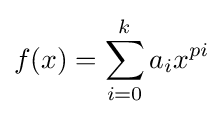
f(x)=\sum _{i=0}^{k}a_{i}x^{pi}